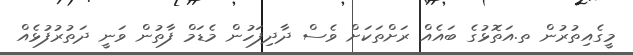
މީގެއިތުރުން ތ.އަތޮޅުގެ ބައެއް ރަށްތަކަށް ވެސް ދާދިފަހުން މެޑަމް ފާތުން ވަނީ ދަތުރުފުޅެއް